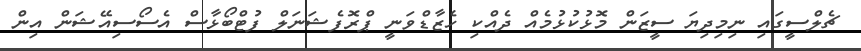
ޗެލްސީގައި ނިމިދިޔަ ސީޒަން މޮޅުކުޅުމެއް ދެއްކި ހެޒާޑްވަނީ ޕްރޮފެޝަނަލް ފުޓްބޯޅާސް އެސޯސިއޭޝަން އިން